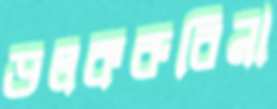
ডলকরুবিনা